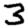
Digit: 3